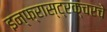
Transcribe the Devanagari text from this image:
इन्फ्रास्ट्रक्चरचे